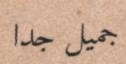
جميل جدا